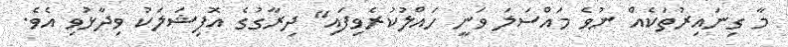
މާ ގިނައިރުތަކެއް ނުވެ މައްސަލަ ވަނީ ހައްލުކުރެވިފައި" ދިރާގުގެ އޮފިޝަލަކު ވިދާޅުވި އެވެ.